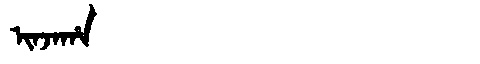
Manchu: ᡳᠨᠵᠠᡥᠠ
Romanization: INJAHA